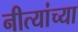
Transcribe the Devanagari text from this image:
नीत्यांच्या